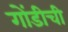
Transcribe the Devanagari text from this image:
गोंडीची